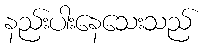
နည်းပါးနေသေးသည်